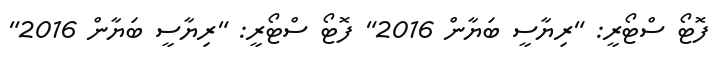
ފޮޓޯ ސްޓޯރީ: "ރިޔާސީ ބަޔާން 2016" ފޮޓޯ ސްޓޯރީ: "ރިޔާސީ ބަޔާން 2016"